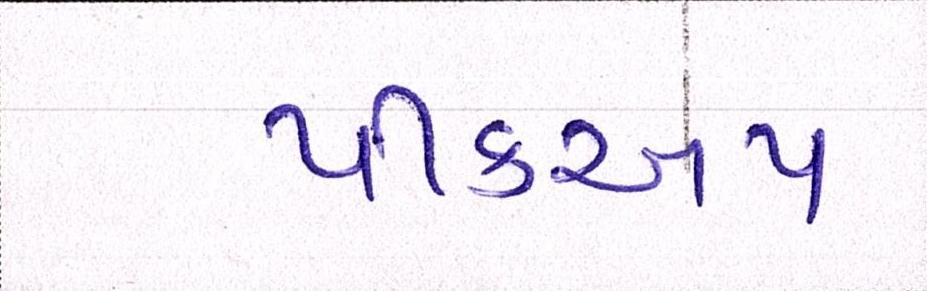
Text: પીકઅપ